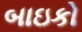
બાઇકો